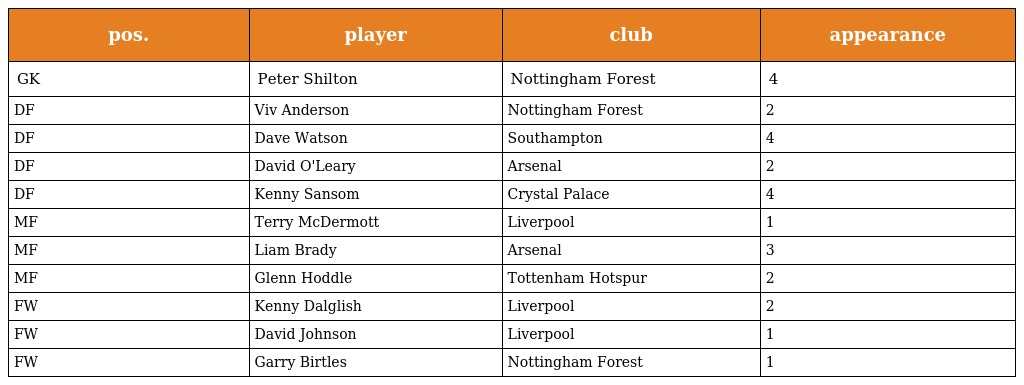
| pos. | player | club | appearance |
 | --- | --- | --- | --- |
 | GK | Peter Shilton | Nottingham Forest | 4 |
 | DF | Viv Anderson | Nottingham Forest | 2 |
 | DF | Dave Watson | Southampton | 4 |
 | DF | David O'Leary | Arsenal | 2 |
 | DF | Kenny Sansom | Crystal Palace | 4 |
 | MF | Terry McDermott | Liverpool | 1 |
 | MF | Liam Brady | Arsenal | 3 |
 | MF | Glenn Hoddle | Tottenham Hotspur | 2 |
 | FW | Kenny Dalglish | Liverpool | 2 |
 | FW | David Johnson | Liverpool | 1 |
 | FW | Garry Birtles | Nottingham Forest | 1 |